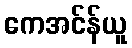
ကေအင်န်ယူ